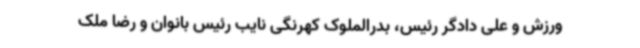
ورزش و علی دادگر رئیس، بدرالملوک کهرنگی نایب رئیس بانوان و رضا ملک